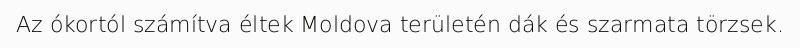
Az ókortól számítva éltek Moldova területén dák és szarmata törzsek.